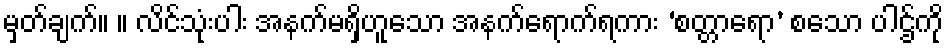
မှတ်ချက်။ ။ လိင်သုံးပါး အနက်မရှိဟူသော အနက်ရောက်ရကား ‘စတ္တာရော’ စသော ပါဌ်ကို